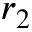
r _ { 2 }